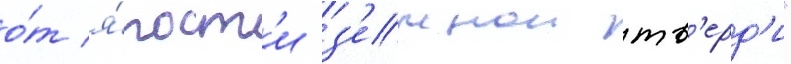
о́т я́рост'и з'емнои тв'ерд'и"